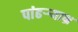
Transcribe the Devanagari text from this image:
पांढऱ्र्‍याभ्र